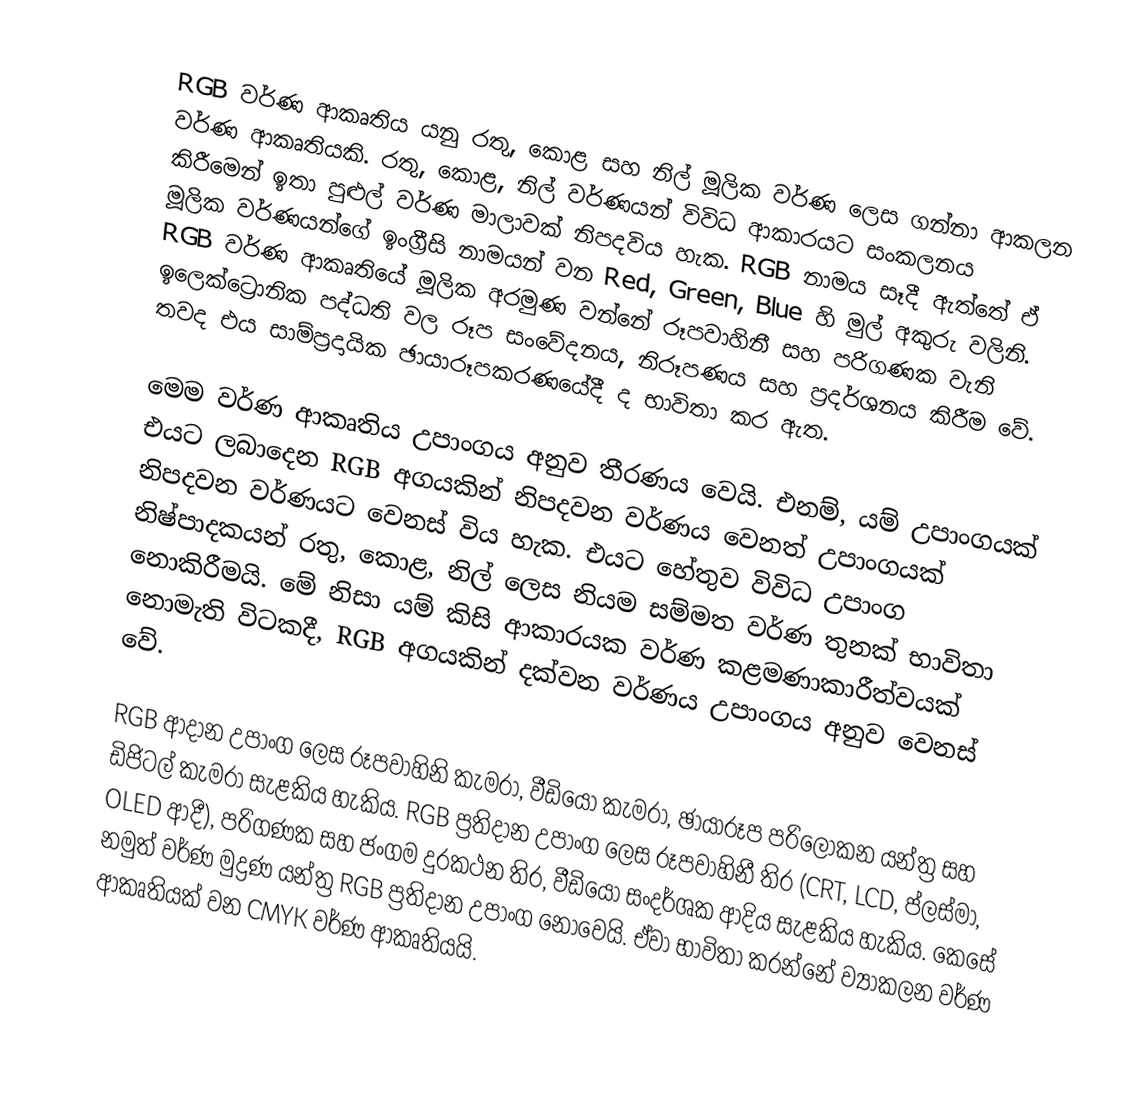
RGB වර්ණ ආකෘතිය යනු රතු, කොළ සහ නිල් මූලික වර්ණ ලෙස ගන්නා ආකලන වර්ණ ආකෘතියකි. රතු, කොළ, නිල් වර්ණයන් විවිධ ආකාරයට සංකලනය කිරීමෙන් ඉතා පුළුල් වර්ණ මාලාවක් නිපදවිය හැක. RGB නාමය සෑදී ඇත්තේ ඒ මූලික වර්ණයන්ගේ ඉංග්‍රීසි නාමයන් වන Red, Green, Blue හි මුල් අකුරු වලිනි. RGB වර්ණ ආකෘතියේ මූලික අරමුණ වන්නේ රූපවාහිනී සහ පරිගණක වැනි ඉලෙක්ට්‍රොනික පද්ධති වල රූප සංවේදනය, නිරූපණය සහ ප්‍රදර්ශනය කිරීම වේ. තවද එය සාම්ප්‍රදායික ඡායාරූපකරණයේදී ද භාවිතා කර ඇත.

මෙම වර්ණ ආකෘතිය උපාංගය අනුව තීරණය වෙයි. එනම්, යම් උපාංගයක් එයට ලබාදෙන RGB අගයකින් නිපදවන වර්ණය වෙනත් උපාංගයක් නිපදවන වර්ණයට වෙනස් විය හැක. එයට හේතුව විවිධ උපාංග නිෂ්පාදකයන් රතු, කොළ, නිල් ලෙස නියම සම්මත වර්ණ තුනක් භාවිතා නොකිරීමයි. මේ නිසා යම් කිසි ආකාරයක වර්ණ කළමණාකාරීත්වයක් නොමැති විටකදී, RGB අගයකින් දක්වන වර්ණය උපාංගය අනුව වෙනස් වේ.

RGB ආදාන උපාංග ලෙස රූපවාහිනි කැමරා, වීඩියෝ කැමරා, ඡායාරූප පරිලෝකන යන්ත්‍ර සහ ඩිජිටල් කැමරා සැළකිය හැකිය. RGB ප්‍රතිදාන උපාංග ලෙස රූපවාහිනී තිර (CRT, LCD, ප්ලස්මා, OLED ආදී), පරිගණක සහ ජංගම දුරකථන තිර, වීඩියෝ සංදර්ශක ආදිය සැළකිය හැකිය. කෙසේ නමුත් වර්ණ මුද්‍රණ යන්ත්‍ර RGB ප්‍රතිදාන උපාංග නොවෙයි. ඒවා භාවිතා කරන්නේ ව්‍යාකලන වර්ණ ආකෘතියක් වන CMYK වර්ණ ආකෘතියයි.